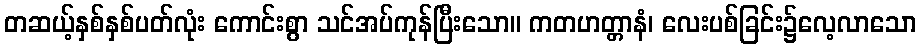
တဆယ့်နှစ်နှစ်ပတ်လုံး ကောင်းစွာ သင်အပ်ကုန်ပြီးသော။ ကတဟတ္တာနံ၊ လေးပစ်ခြင်း၌လေ့လာသော